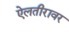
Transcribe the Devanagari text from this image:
ऐलतीरावर